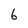
Character: 6